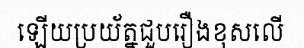
ឡើយប្រយ័ត្នជួបរឿងខុសលើ